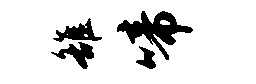
雒啼